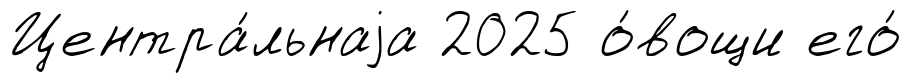
Центра́льнаjа 2025 о́вощи его́